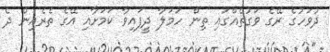
ދުވަހުގެ ރޭގެ ވަގުތެއްގައި ތިން ހަމަލާ ދީފައިވާ ކަމަށާއި އޭގެ ތެރެއިން ދެ